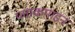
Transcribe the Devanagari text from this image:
प्लाकमाइन